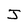
Character: J